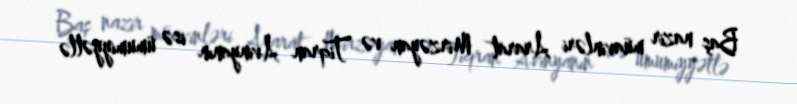
Baş nazir müavinləri Ararat Mirzəyan və Tiqran Avinyanın isə ümumiyyətlə